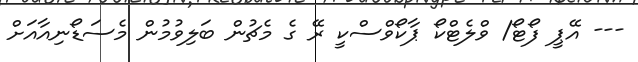
--- އޭޕީ ފޯޓޯ/ ވްލެޓްކޯ ޕާކޯވްސްކީ ރޭ ގެ މެޗުން ބަލިވުމުން މެސަޑޯނިއާއަށް